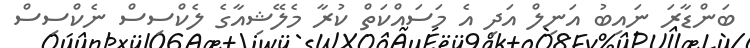
ބަންޑާރަ ނައިބު އަނިލް އަދި އެ މަސައްކަތް ކުރާ މެލޭޝިއާގެ ލެކްސިސް ނެކްސިސް